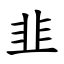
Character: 韭